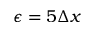
\epsilon = 5 \Delta x